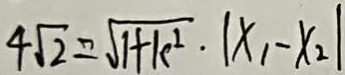
4 \sqrt { 2 } = \sqrt { 1 + k ^ { 2 } } \cdot \vert x _ { 1 } - x _ { 2 } \vert